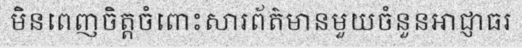
មិនពេញចិត្តចំពោះសារព័ត៌មានមួយចំនួនអាជ្ញាធរ